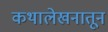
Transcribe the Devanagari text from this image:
कथालेखनातून